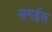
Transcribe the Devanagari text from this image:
समईस